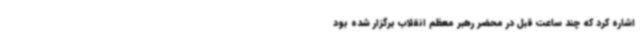
اشاره کرد که چند ساعت قبل در محضر رهبر معظم انقلاب برگزار شده بود